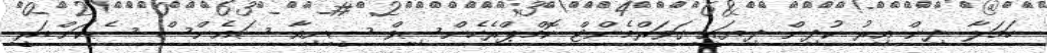
ހަމަލާ ދިން އިރު ކުދިން ދިޔައީ ގަވަރްމެންޓް ކޮމްޕްރެހެންސިވް ސީނިއާ ސައެންސް ސެކަންޑަރީ